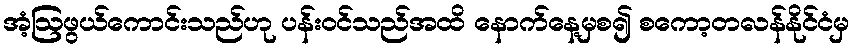
အံ့ဩဖွယ်ကောင်းသည်ဟု ပန်းဝင်သည်အထိ နောက်နေ့မှစ၍ စကော့တလန်နိုင်ငံမှ